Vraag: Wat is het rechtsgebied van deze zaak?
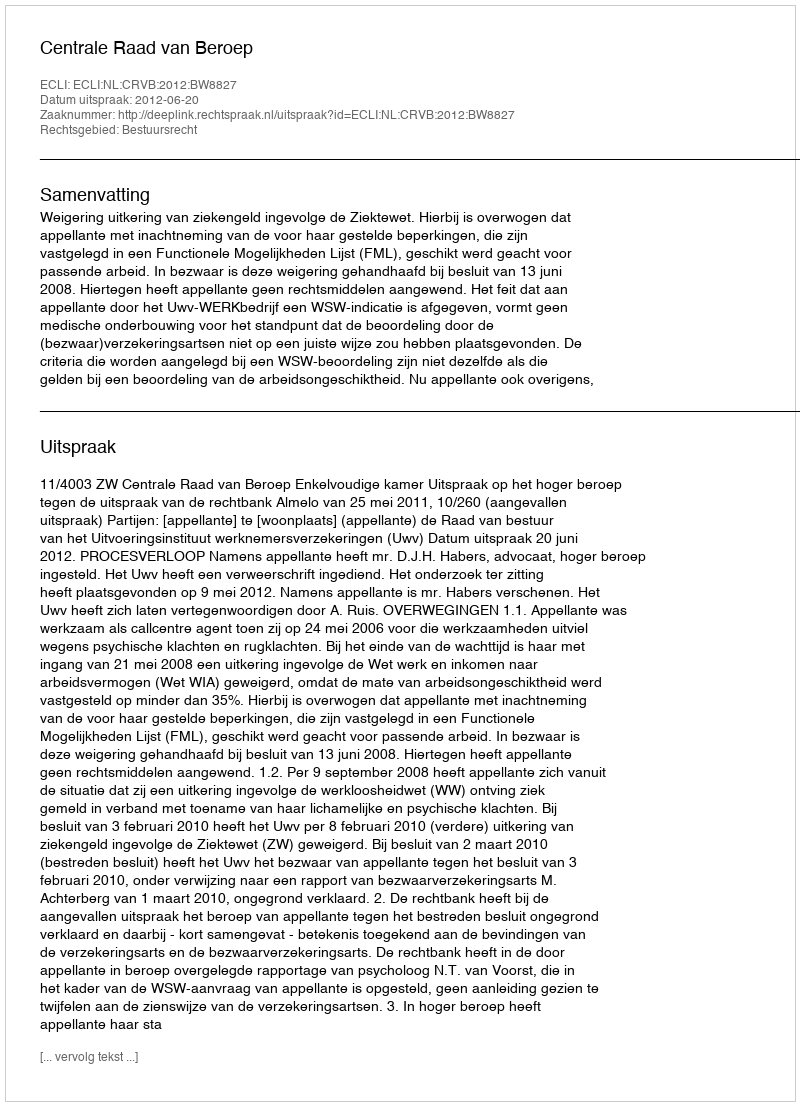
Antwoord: Bestuursrecht